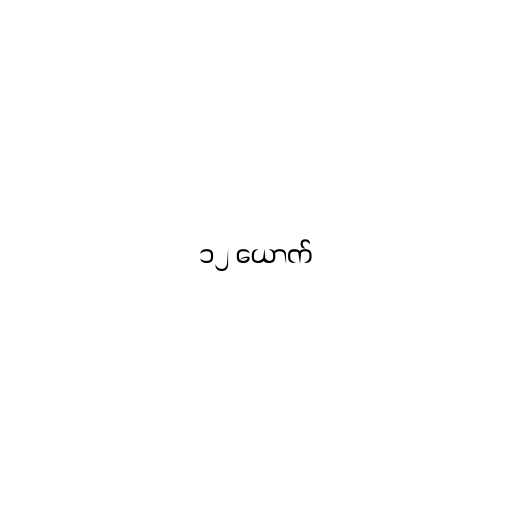
၁၂ ယောက်